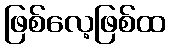
ဖြစ်လေ့ဖြစ်ထ